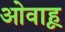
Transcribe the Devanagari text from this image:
ओवाहू